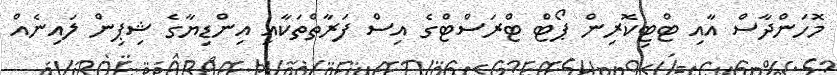
މޮހަންދާސް އާއި ޓްޓިކޮރިން ޕޯޓް ޓްރަސްޓްގެ އިސް ފަރާތްތަކާއި އިންޑިޔާގެ ޝިޕިން ލައިނެއް